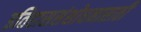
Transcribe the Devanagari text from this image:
इतिहाससंशोधनासाठी